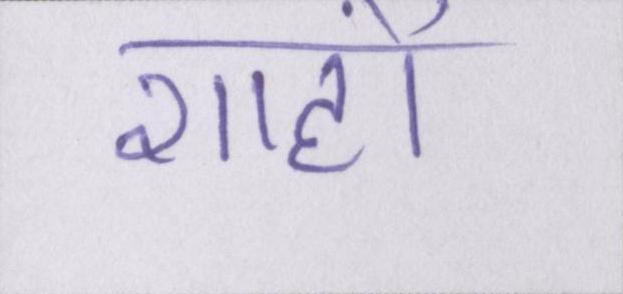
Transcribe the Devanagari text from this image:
शाहों